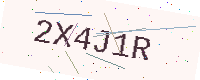
Text: 2X4J1R